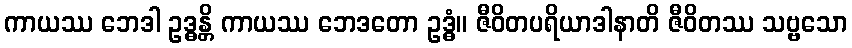
ကာယဿ ဘေဒါ ဥဒ္ဓန္တိ ကာယဿ ဘေဒတော ဥဒ္ဓံ။ ဇီဝိတပရိယာဒါနာတိ ဇီဝိတဿ သဗ္ဗသော